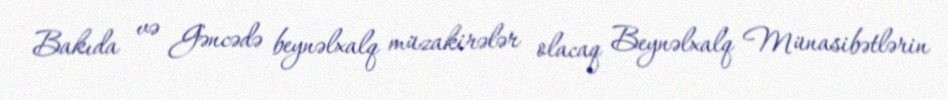
Bakıda və Gəncədə beynəlxalq müzakirələr olacaq Beynəlxalq Münasibətlərin